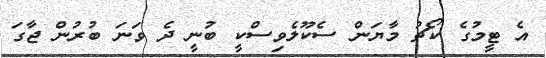
އެ ޓީމުގެ ކޯޗު މާޔަން ސެކޫލެވިސްކީ ބުނީ ދެ ވަނަ ބުރުން ޖާގަ